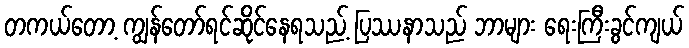
တကယ်တော့ ကျွန်တော်ရင်ဆိုင်နေရသည့် ပြဿနာသည် ဘာများ ရေးကြီးခွင်ကျယ်